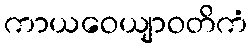
ကာယဝေယျာဝတိကံ